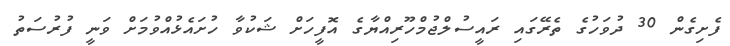
ފެށިގެން 30 ދުވަހުގެ ތެރޭގައި ރައީސުލްޖުމްހޫރިއްޔާގެ އޮފީހަށް ޝަކުވާ ހުށައެޅުއްވުމަށް ވަނީ ފުރުސަތު